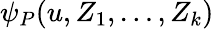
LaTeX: \psi_{P}(u,Z_{1},\dots,Z_{k})